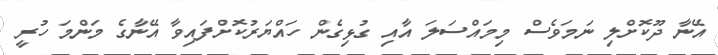
އޭނާ ދޫކޮށްލި ނަމަވެސް މިމައްސަލަ އާއި ގުޅިގެން ހައްޔަރުކޮށްފައިވާ އޭނާގެ މަންމަ ހުރީ